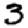
Digit: 3